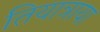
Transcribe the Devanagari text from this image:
तियात्राया